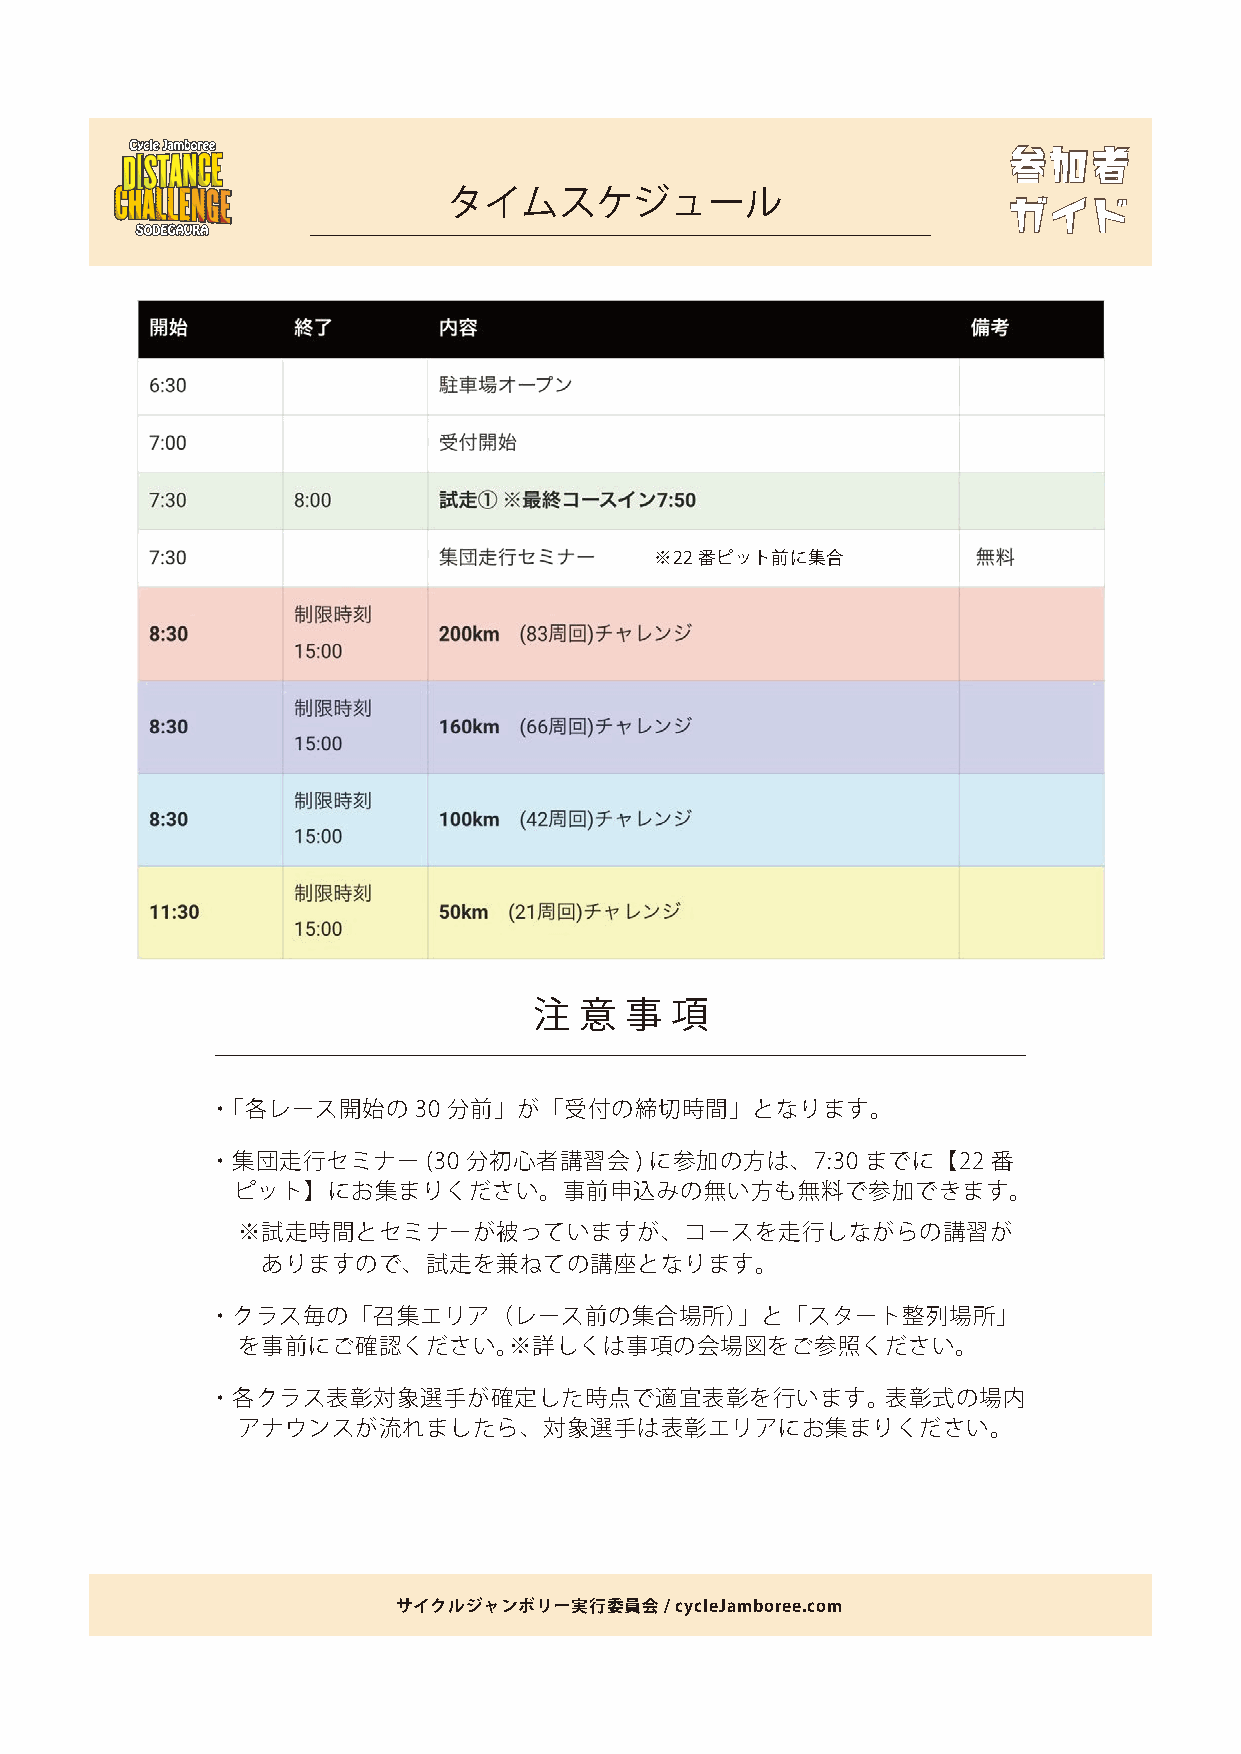
参参加加者者
 タイムスケジュール                            ガガイイドド
 ※22番ピット前に集合
 注  意  事  項
 ・「各レース開始の    30 分前」が「受付の締切時間」となります。
 ・集団走行セミナー     (30 分初心者講習会   ) に参加の方は、7:30  までに【22   番
 ピット】にお集まりください。事前申込みの無い方も無料で参加できます。
 ※試走時間とセミナーが被っていますが、コースを走行しながらの講習が
 ありますので、試走を兼ねての講座となります。
 ・クラス毎の「召集エリア（レース前の集合場所）」と「スタート整列場所」
 を事前にご確認ください。※詳しくは事項の会場図をご参照ください。
 ・各クラス表彰対象選手が確定した時点で適宜表彰を行います。                表彰式の場内
 アナウンスが流れましたら、対象選手は表彰エリアにお集まりください。
 サイクルジャンボリー実行委員会   / cycleJamboree.com